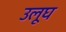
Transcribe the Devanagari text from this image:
उलूघ